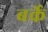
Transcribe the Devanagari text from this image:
बर्के